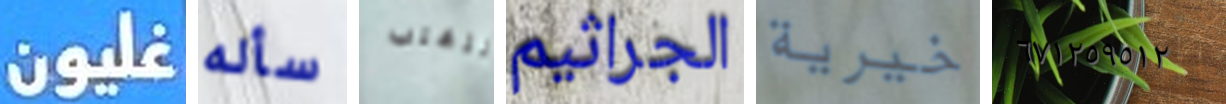
غليون سأله للتغلب الجراثيم خيرية ٦٧١٢٥٩٥١٢